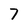
Character: 7